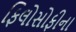
ફિલોસોફીના